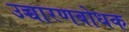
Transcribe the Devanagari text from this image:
उच्चारणबोधक